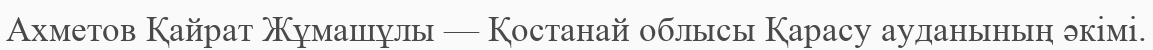
Ахметов Қайрат Жұмашұлы — Қостанай облысы Қарасу ауданының әкімі.